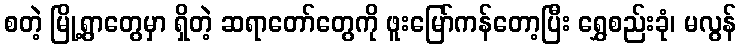
စတဲ့ မြို့ရွာတွေမှာ ရှိတဲ့ ဆရာတော်တွေကို ဖူးမြော်ကန်တော့ပြီး ရွှေစည်းခုံ၊ မလွန်